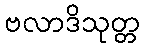
ဗလာဒိသုတ္တ